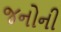
જનોની